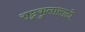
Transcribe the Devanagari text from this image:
राष्ट्रकुलासाठी